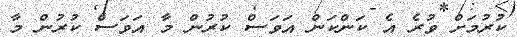
ކުރުމަށް ވުރެ އެ ކަންކަން އަވަސް ކުރުން މާ އަވަސް ކުރުން މާ